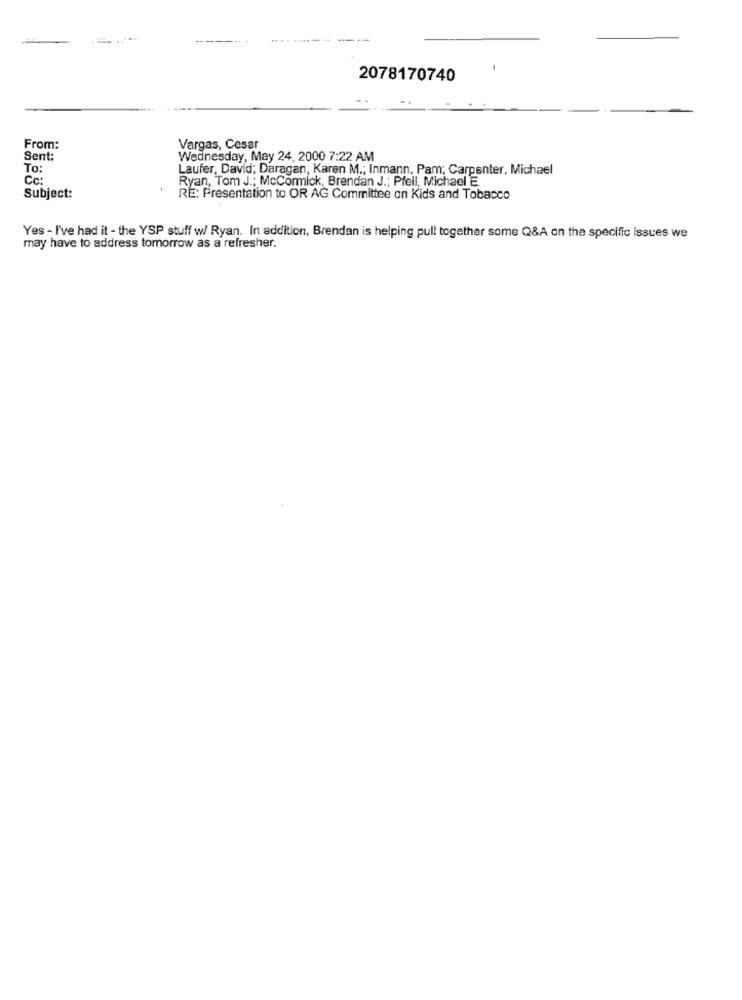
....-------
-
2078170740
From:
Vargas, Cesar
Sent:
Wednesday, May 24, 2000 7:22 AM
To:
Laufer, David; Daragan, Karen M .; Inmann, Pam; Carpenter, Michael
Cc:
Ryan, Tom J .; McCormick, Brendan J .; Pfell, Michael E.
Subject:
RE: Presentation to OR AG Committee on Kids and Tobacco
Yes - I've had it - the YSP stuff w/ Ryan. In addition, Brendan is helping pull together some Q&A on the specific issues we
may have to address tomorrow as a refresher.